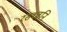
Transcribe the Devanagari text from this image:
रसध्वनि